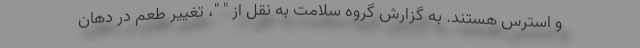
و استرس هستند. به گزارش گروه سلامت به نقل از " "، تغییر طعم در دهان